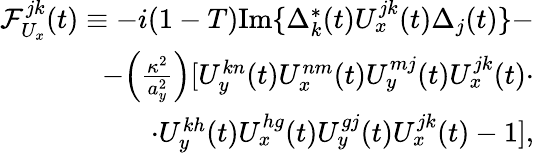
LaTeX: \begin{array}{r}{\mathcal{F}_{U_{x}}^{jk}(t)\equiv-i(1-T)\mathrm{Im}\{ \Delta_{k}^{*}(t)U_{x}^{jk}(t)\Delta_{j}(t)\} -}\\ {-\Big(\frac{\kappa^{2}}{a_{y}^{2}}\Big)[U_{y}^{kn}(t)U_{x}^{nm}(t)U_{y}^{mj}(t)U_{x}^{jk}(t)\cdot}\\ {\cdot U_{y}^{kh}(t)U_{x}^{hg}(t)U_{y}^{gj}(t)U_{x}^{jk}(t)-1],}\end{array}